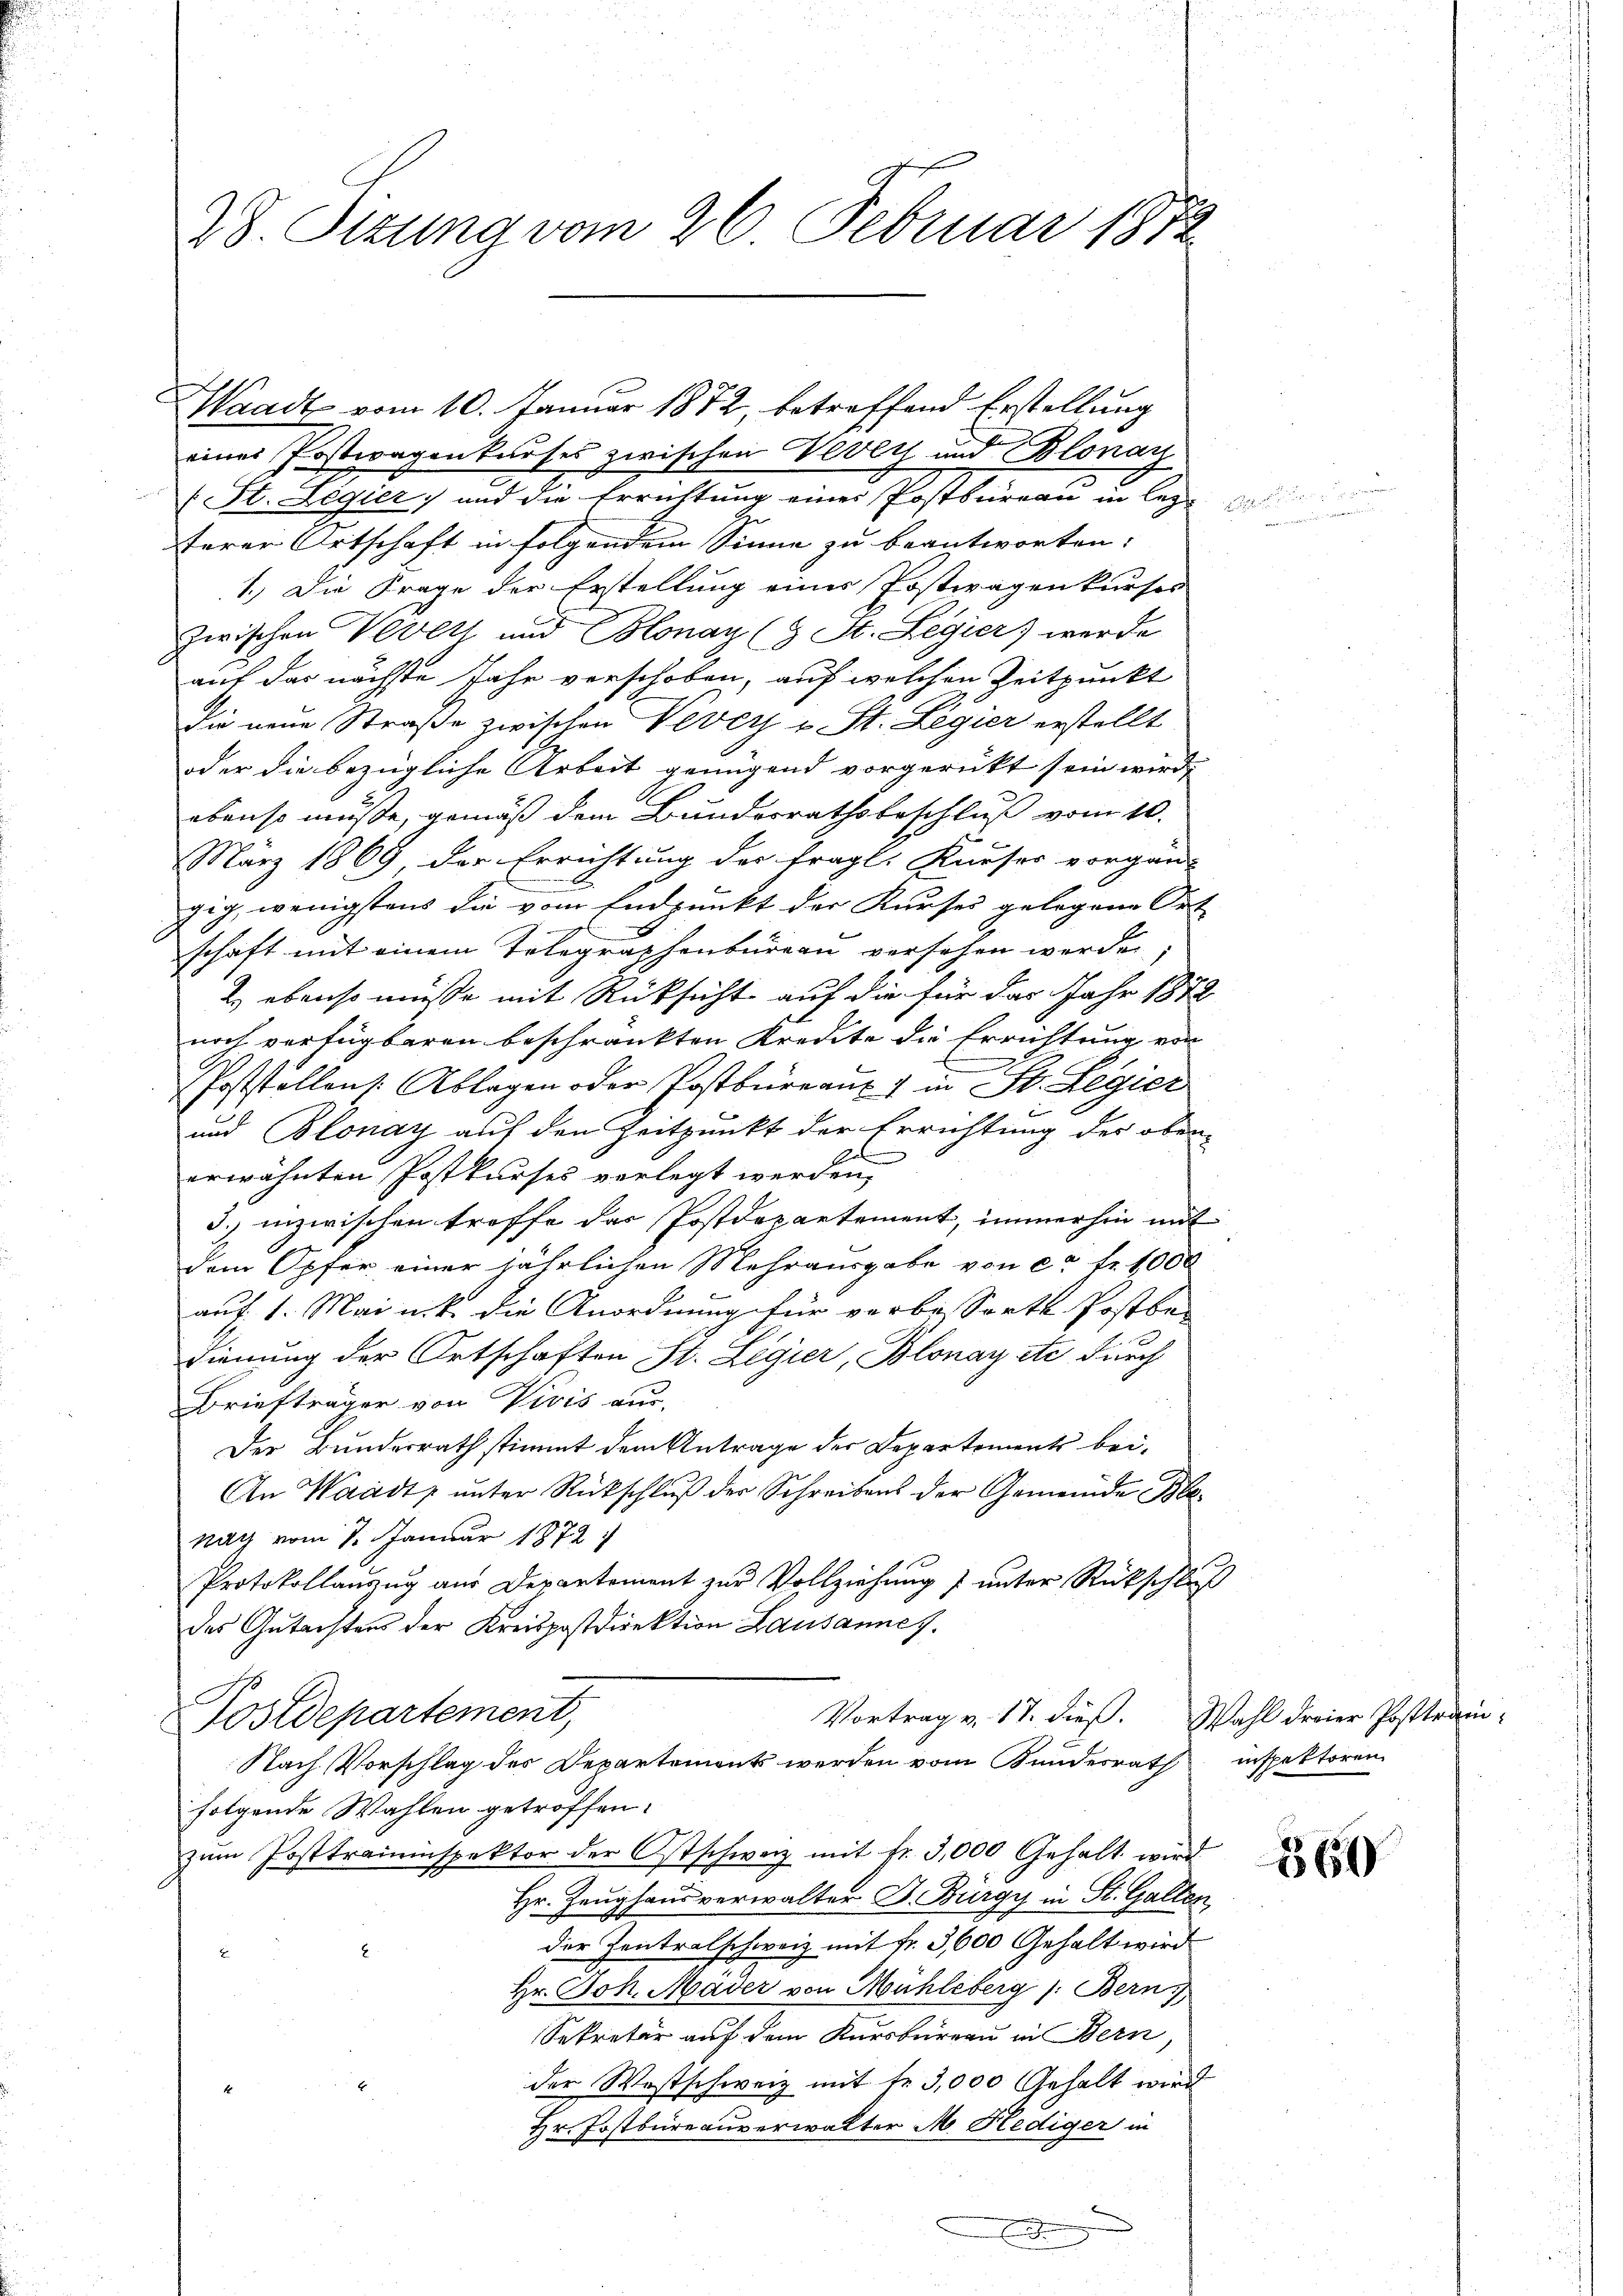
28. Setzung vom 26. Februar 1872

(St. Legier, und die Errichtung einer Postbureau in lez
terer Ortschaft in folgendem Sinne zu beantworten:
1.) Die Frage der Erstellung eines Postwagen kurses
zwischen Vevets und Blonay (9 St. Legier) werde
auf das nächste Jahr verschoben, auf welchen Zeitpunkt
Die neue Straße zwischen Vevey v. St. Legier erstellt
oder die bezügliche Arbeit genügend vorgerückt sein wird,
ebenso müsse, gemäß dem Bundesrathsbeschluß vom 10.
März 1869 der Errichtung der fragt. Kurses vorgan-
gig, wenigstens die vom Endpunkt der Kurses gelegene Or-
schaft mit einem Telegraphenbureau versehen werde.
2.) ebenso müsse mit Rücksicht auf die für das Jahr 181
noch verfügbaren beschränkten Kredite die Errichtung ein
.
PPoststellens. Ablagen oder Postbüreaux in St. Legier
b
und Blonay auf den Zeitpunkt der Errichtung der ober
A
u
erwähnten Postkurses verlegt werden,
3. inzwischen troffe des Postdepartement, immerhin mit
dem Opfer einer jährlichen Mehrausgabe von ca Fr. 1000
auf 1. Mainik die Anordnung für verbesserte Postbe-
dienung der Ortschaften St. Legier, Blonay etc durch
Briefträger von Vivis aus,
Der Bunderrath stimmt dem Antrage der Departements bei¬
An Waadt ŭnter Rückschlŭβ der Schreibens der Gemeinde Be
nach vom 7. Januar 1872
Protokollanzug aus Departement zur Vollziehung & unter Rückschle
des Gutachtens der Kreispostdirektion Lausannes.
Vortrag v. 17. dieß. Wahl dreier Posttram¬
Postdepartement,
Nach Vorschlag des Departements werden vom Bundesrath
folgende Wahlen getroffen.
zŭm Posttrauinspektor der Ostschweiz mit Fr. 3,000 Gehalt wird
Hr. Zeughausverwalter D. Bürgy in St. Galler
der Zentralschweiz mit Fr. 3,600 Gehalt wird
Hr. Joh. Mayer von Mühleberg (: Bern
Sekretär auf dem Kursbureau in Bern,
der Westschweiz mit fr. 3,000 Gehalt wird
Hr. Postbüreauverwalter M. Hediger in

WWaadt vom 10. Januar 1872, betreffend Erstellung
einer Postwagenkasses zwischen Vevey und Blonay

inspektoren.

360